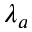
\lambda _ { a }